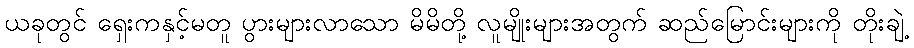
ယခုတွင် ရှေးကနှင့်မတူ ပွားများလာသော မိမိတို့ လူမျိုးများအတွက် ဆည်မြောင်းများကို တိုးချဲ့